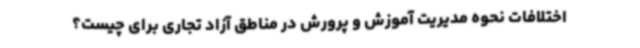
اختلافات نحوه مدیریت آموزش و پرورش در مناطق آزاد تجاری برای چیست؟